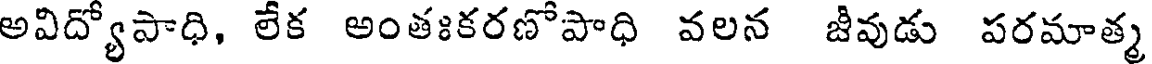
అవిద్యోపాధి, లేక అంతఃకరణోపాధి వలన జీవుడు పరమాత్మ